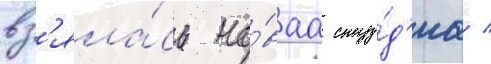
вз'яла́сь но́ваа сту́д'иа /